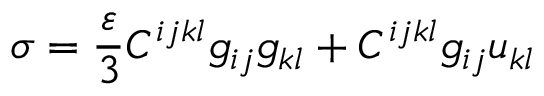
\sigma = \frac { \varepsilon } 3 C ^ { i j k l } g _ { i j } g _ { k l } + C ^ { i j k l } g _ { i j } u _ { k l }